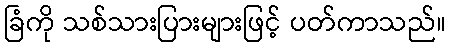
ခြံကို သစ်သားပြားများဖြင့် ပတ်ကာသည်။